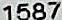
1587